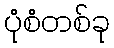
ပုံစံတစ်ခု